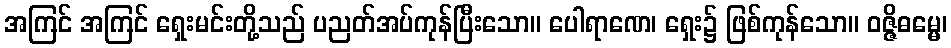
အကြင် အကြင် ရှေးမင်းတို့သည် ပညတ်အပ်ကုန်ပြီးသော။ ပေါရာဏေ၊ ရှေး၌ ဖြစ်ကုန်သော။ ဝဇ္ဇိဓမ္မေ၊